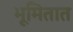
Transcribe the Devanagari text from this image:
भूमितात